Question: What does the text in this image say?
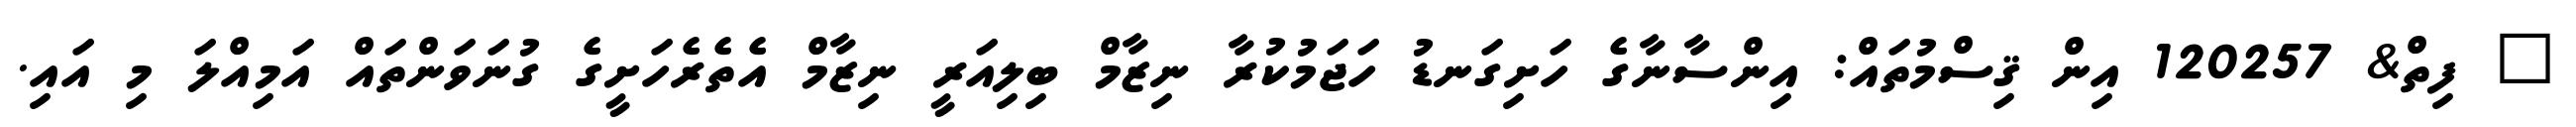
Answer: ? ފިތް& 120257 އިން ޤިސްމުތައް: އިންސާނާގެ ހަށިގަނޑު ހަޖަމުކުރާ ނިޒާމް ބިލިއަރީ ނިޒާމް އެތެރެހަށީގެ ގުނަވަންތައް އަމިއްލަ މި އައި.